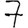
Digit: 7